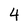
Character: 4